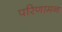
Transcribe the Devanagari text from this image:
परिणामन